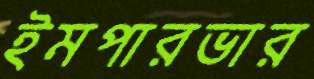
ইমপারভার